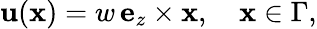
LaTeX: \mathbf u(\mathbf x)=w\, \mathbf e_{z}\times\mathbf x,\quad\mathbf x\in\Gamma,